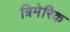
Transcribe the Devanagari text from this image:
त्रिमेरिक